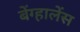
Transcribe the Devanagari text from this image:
बेंग्हालेंस